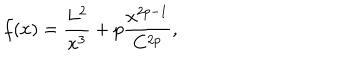
f ( x ) = \frac { L ^ { 2 } } { x ^ { 3 } } + p \frac { x ^ { 2 p - 1 } } { C ^ { 2 p } } ,